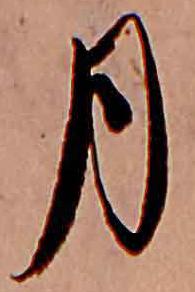
月